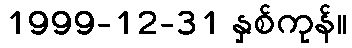
1999-12-31 နှစ်ကုန်။